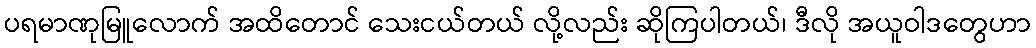
ပရမာဏုမြူလောက် အထိတောင် သေးငယ်တယ် လို့လည်း ဆိုကြပါတယ်၊ ဒီလို အယူဝါဒတွေဟာ